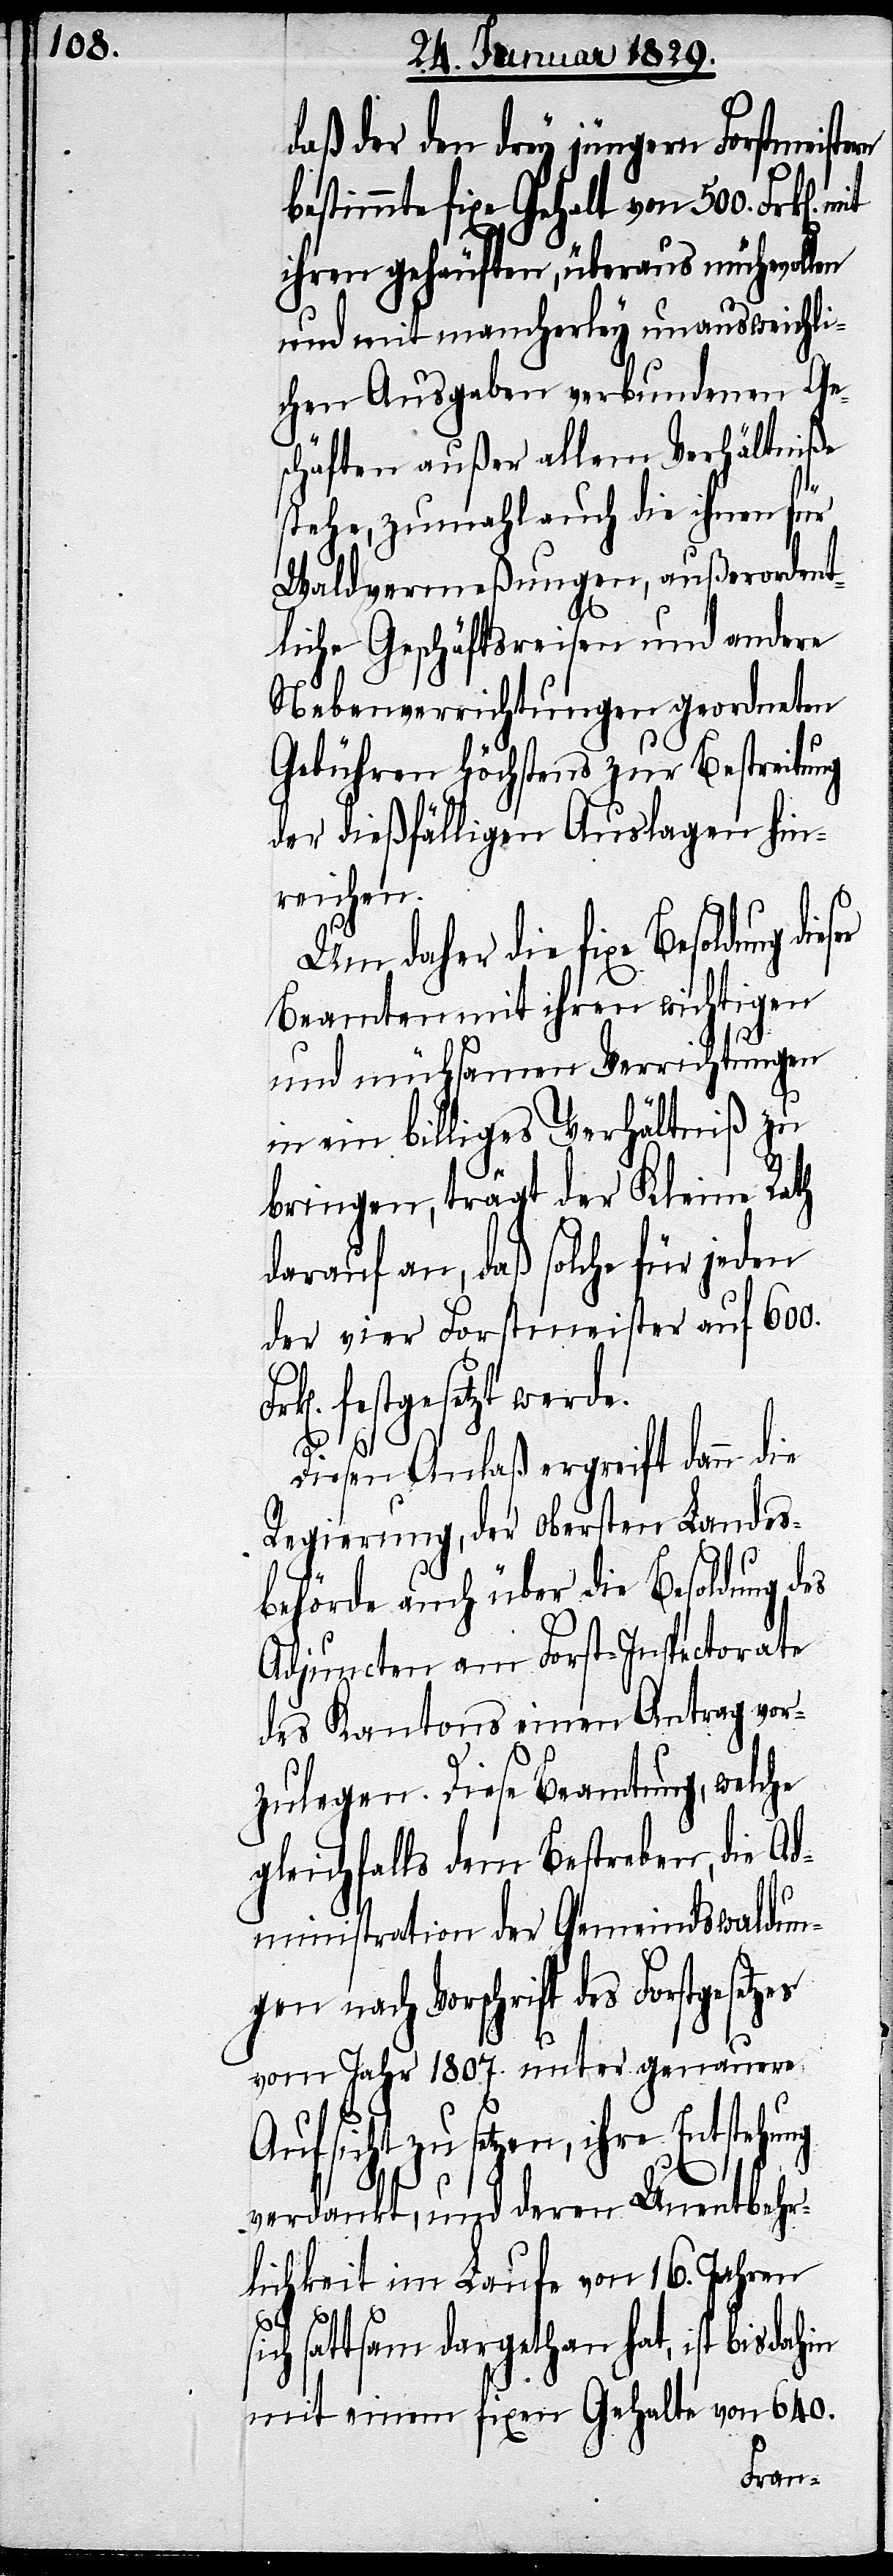
daß der den drey jüngern Forstmeistern
bestimmte fixe Gehalt von 500. Frk[en].
ihren gehäuften, überaus mühevollen
und mit mancherley unausweichli¬
chen Ausgaben verbundenen Ge¬
schäften außer allem Verhältniße
stehe, zumahl auch die ihnen für
Waldvermeßungen, außerordent¬
liche Geschäftsreisen und andere
Nebenverrichtungen geordneten
Gebühren höchstens zur Bestreitung
der dießfälligen Auslagen hin¬
reichen.
Um daher die fixe Besoldung
Beamten mit ihren wichtigen
und mühsamen Verrichtungen
in ein billiges Verhältniß zu
bringen, trägt der Kleine Rath
darauf an, daß solche für jeden
der vier Forstmeister auf 600.
festgesetzt werde.
s¬
Diesen Anlaß ergreift dann die
Regierung, der obersten Landes¬
behörde auch über die Besoldung d¬
Adjuncten am Forst-Inspectorate
des Kantons einen Antrag vor¬
zulegen. Diese Beamtung, welche
gleichfalls dem Bestreben, die Ad¬
ministration der Gemeindswaldun¬
gen nach Vorschrift des Forstgeset¬
vom Jahr 1807. unter genauere
Aufsicht zu setzen, ihre
verdankt, und deren Unentbehr¬
lichkeit im Laufe von 16. Jahren
ich sattsam dargethan hat, ist bisdahin
mit einem fixen Gehalt von 640.